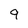
Character: 9